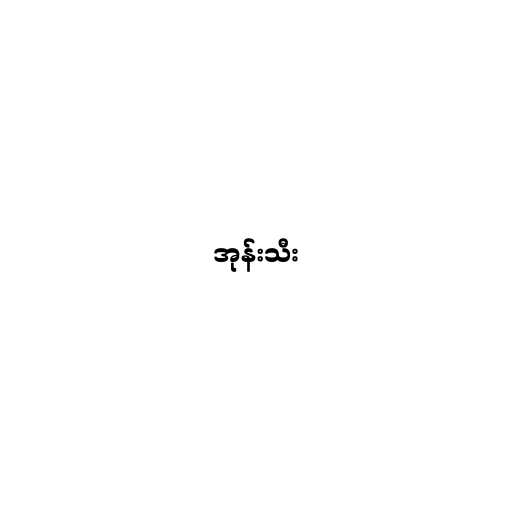
အုန်းသီး